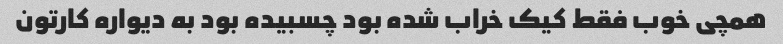
همچی خوب فقط کیک خراب شده بود چسبیده بود به دیواره کارتون